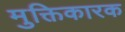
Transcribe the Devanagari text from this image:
मुक्तिकारक